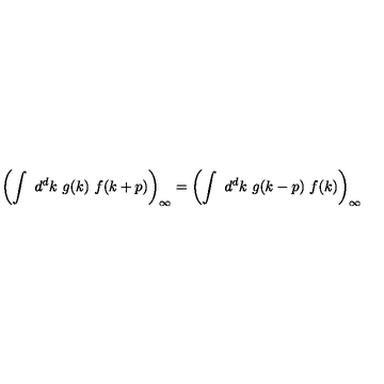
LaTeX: \left( \int \ d ^ { d } k \ g ( k ) \ f ( k + p ) \right) _ { \infty } = \left( \int \ d ^ { d } k \ g ( k - p ) \ f ( k ) \right) _ { \infty }